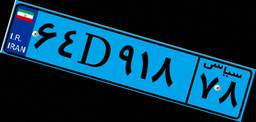
۶۴D۹۱۸۷۸